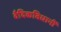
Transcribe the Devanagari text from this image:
वैदिकविधानीं